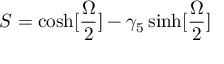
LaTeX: S = \cosh [ { \frac { \Omega } { 2 } } ] - \gamma _ { 5 } \sinh [ { \frac { \Omega } { 2 } } ]